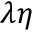
\lambda \eta